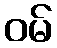
ဝမ်